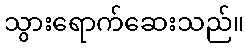
သွားရောက်ဆေးသည်။